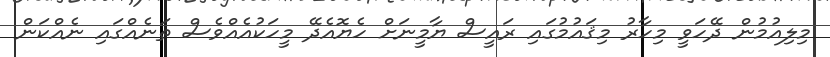
މިލިއުމުން ދޭހަވީ މިހާރު މިޤައުމުގައި ރައީސް ޔާމީނަށް ހެޔޮއެދޭ މީހަކުއެއްވެސް ތަނެއްގައި ނެއްކަން